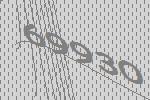
69930